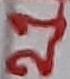
Text: 21